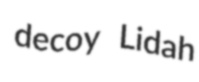
decoy Lidah